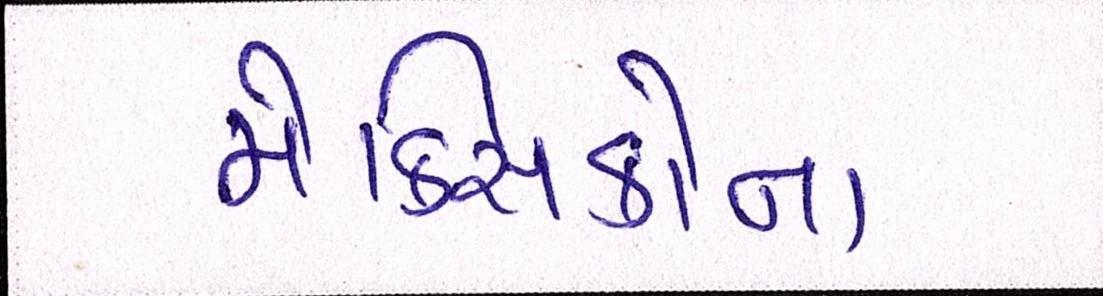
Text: મેક્સિકોના